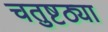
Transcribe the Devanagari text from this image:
चतुष्टठ्या